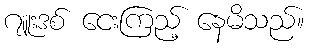
ဂျူးဒစ် ငေးကြည့် နေမိသည်။